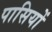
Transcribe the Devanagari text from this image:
पासियों